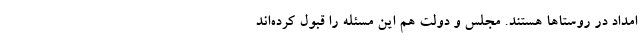
امداد در روستاها هستند. مجلس و دولت هم این مسئله را قبول کرده‌اند